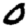
Digit: 0